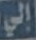
إلي